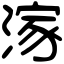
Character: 𣺊